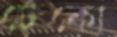
ঢেকো